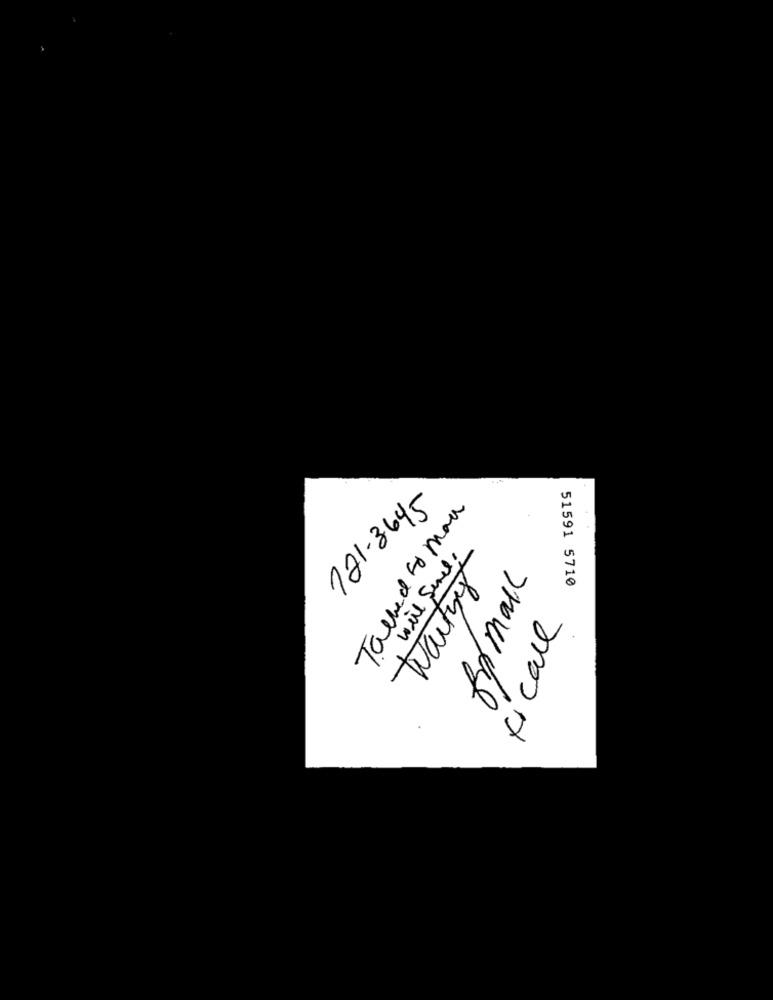
121-3645
Talked to man
will Sence ;
fry mall
51591 5710
Kicall